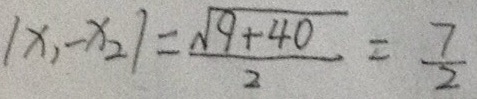
\vert X _ { 1 } - X _ { 2 } \vert = \frac { \sqrt { 9 + 4 0 } } { 2 } = \frac { 7 } { 2 }